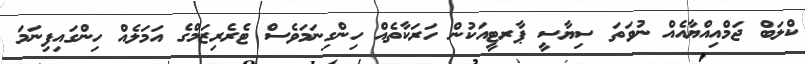
ކްލަބް ޖަމްއިއްޔާއެއް ނުވަތަ ސިޔާސީ ޕާރޓީއަކުން ހަރަކާތެއް ހިންގިނަމަވެސް ޓެރެރިޒަމްގެ އަމަލެއް ހިންގައިފިނަމަ